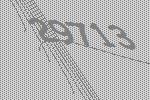
29713